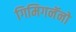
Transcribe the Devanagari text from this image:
गिमिगनॅनो